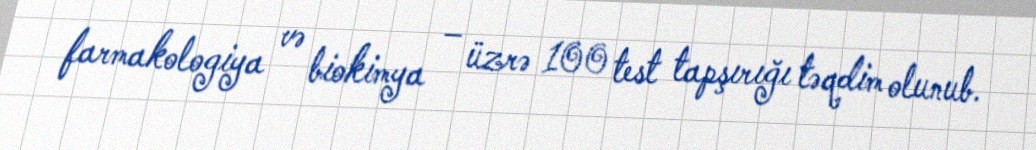
farmakologiya və biokimya – üzrə 100 test tapşırığı təqdim olunub.